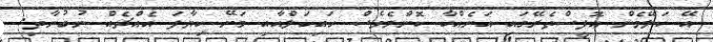
އޭ ކަލޭމެން އޮފީސްތެރޭގައި އަނެއްކާ ކޮންމެވެސް ހައިކަލްއާއި މަށޭ ކިޔާފަ އެއްޗެއް ނުބުނާތި.